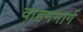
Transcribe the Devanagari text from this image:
वाहनमार्ग